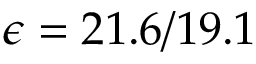
\epsilon = 2 1 . 6 / 1 9 . 1